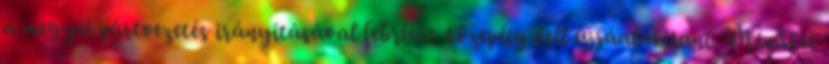
a megyei pártvezetés irányításával február közepéig kell újjáalakítani. Mindkét